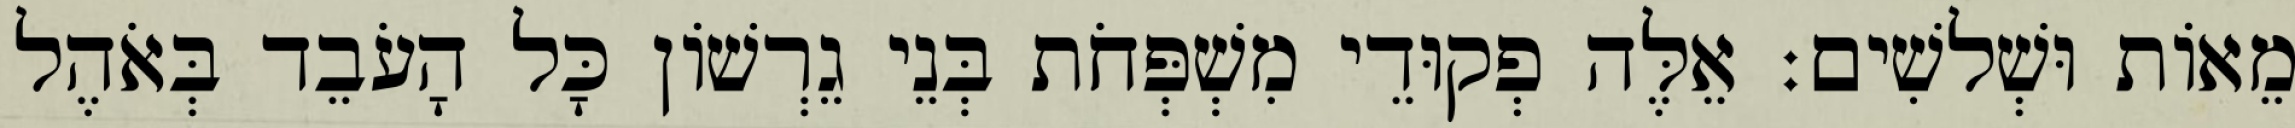
מֵאוֹת וּשְׁלשִׁים׃ אֵלֶּה פְקוּדֵי מִשְׁפְּחֹת בְּנֵי גֵרְשׁוֹן כָּל הָעֹבֵד בְּאֹהֶל